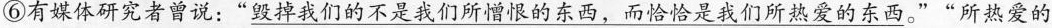
⑥有媒体研究者曾说：”\underline{毁掉我们的不是我们所憎恨的东西，而恰恰是我们所热爱的东西}。””所热爱的